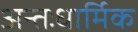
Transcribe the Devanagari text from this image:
अन्तःधार्मिक